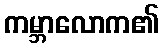
ကမ္ဘာလောက၏